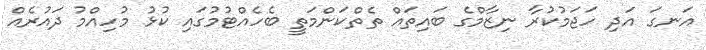
އަނގަ އަދި ހަޖަމުކުރާ ނިޒާމްގެ ބައިތައް ތެތްކަންމަތީ ބެހެއްޓުމުގައި ކުޅު މުހިއްމު ދައުރެއް